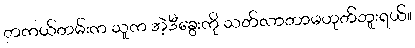
တကယ်တမ်းက သူက အဲ့ဒီခွေးကို သတ်လာတာမဟုတ်ဘူးရယ်။